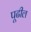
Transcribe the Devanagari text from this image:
पूढील